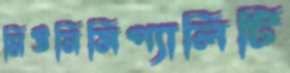
মিউনিসিপ্যালিটি